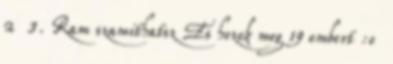
2 3. Ram szamithatsz Es hozok meg 19 embert :o